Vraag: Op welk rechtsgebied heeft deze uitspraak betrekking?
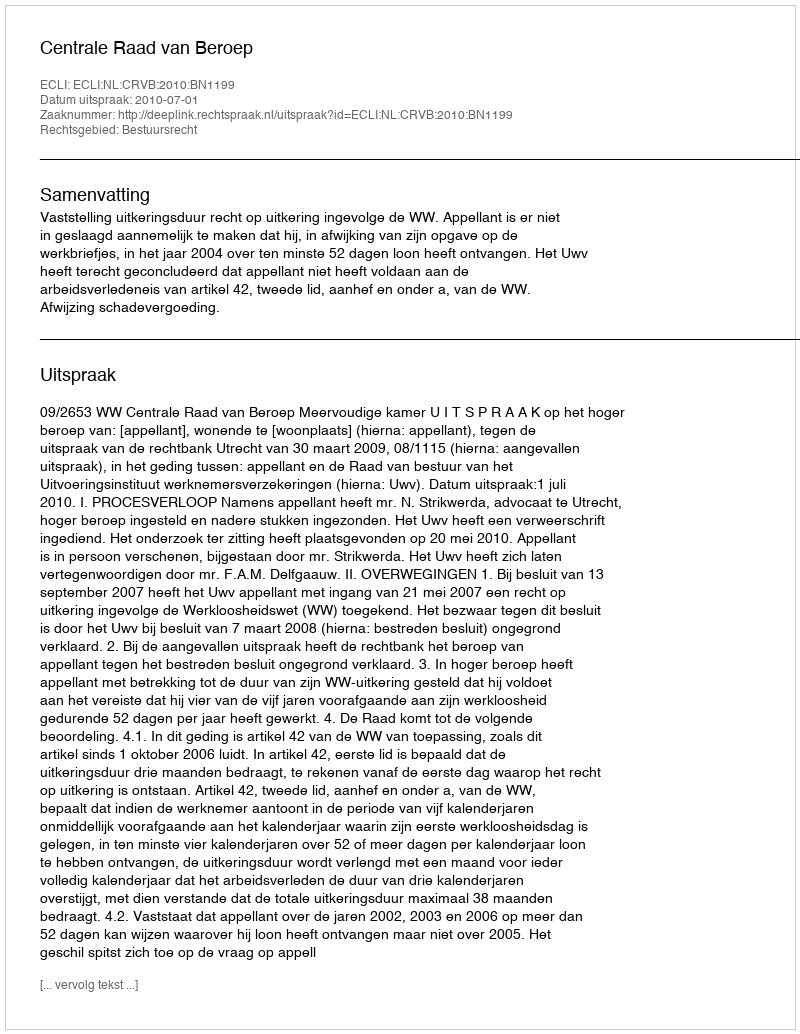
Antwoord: Bestuursrecht